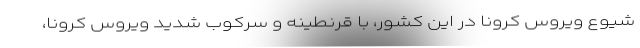
شیوع ویروس کرونا در این کشور، با قرنطینه و سرکوب شدید ویروس کرونا،